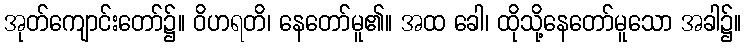
အုတ်ကျောင်းတော်၌။ ဝိဟရတိ၊ နေတော်မူ၏။ အထ ခေါ၊ ထိုသို့နေတော်မူသော အခါ၌။